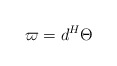
\begin{align*}\varpi = d^{H} \Theta\end{align*}